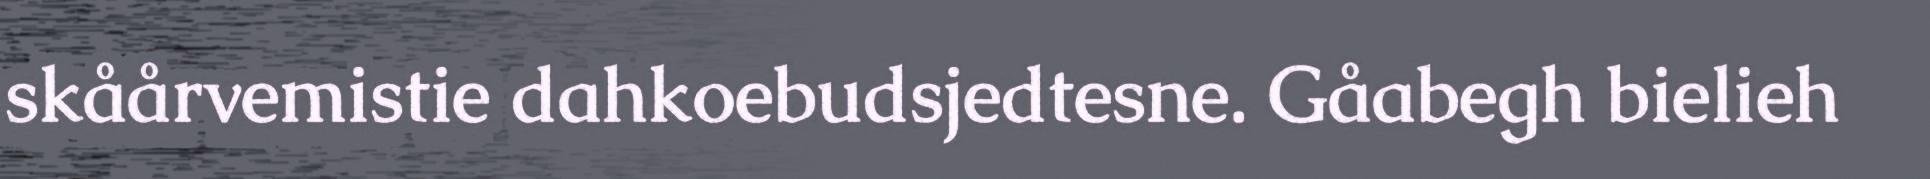
skåårvemistie dahkoebudsjedtesne. Gåabegh bielieh